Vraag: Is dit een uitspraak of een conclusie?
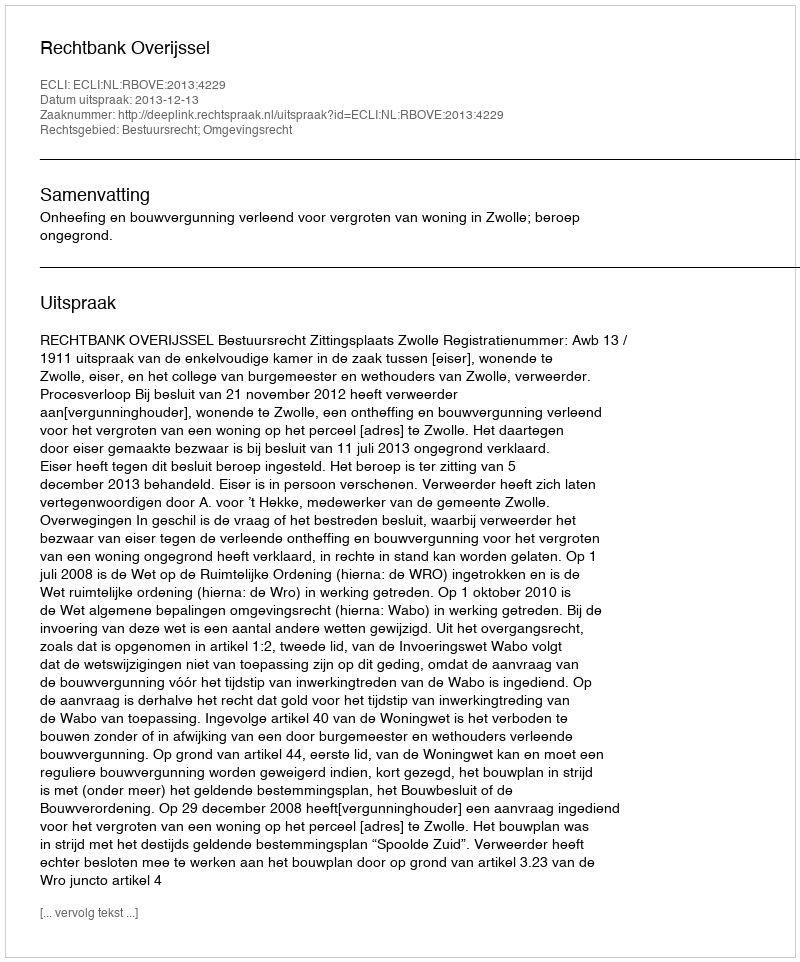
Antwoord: Uitspraak